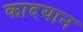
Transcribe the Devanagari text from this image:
कादयान